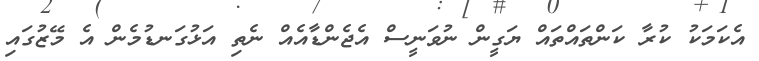
އެކަމަކު ކުރާ ކަންތައްތައް ޔަގީން ނުވަނީސް އެޖެންޑާއެއް ނެތި އަޅުގަނޑުމެން އެ މޭޒުގައި